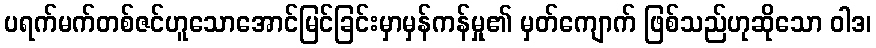
ပရက်မက်တစ်ဇင်ဟူသောအောင်မြင်ခြင်းမှာမှန်ကန်မှု၏ မှတ်ကျောက် ဖြစ်သည်ဟုဆိုသော ဝါဒ၊